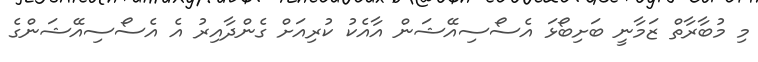
މި މުބާރާތް ޒަމާނީ ބަށިބޯޅަ އެސޯސިއޭޝަން އާއެކު ކުރިއަށް ގެންދާއިރު އެ އެސޯސިއޭޝަންގެ